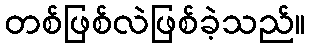
တစ်ဖြစ်လဲဖြစ်ခဲ့သည်။